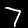
Label: 7